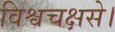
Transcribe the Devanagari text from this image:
विश्वचक्षसे।